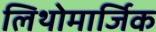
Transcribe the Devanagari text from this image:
लिथोमार्जिक